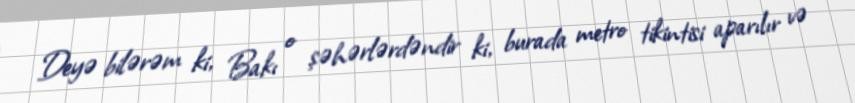
Deyə bilərəm ki, Bakı o şəhərlərdəndir ki, burada metro tikintisi aparılır və